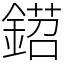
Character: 鍣